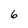
Character: 6